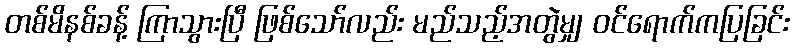
တစ်မိနစ်ခန့် ကြာသွားပြီ ဖြစ်သော်လည်း မည်သည့်အတွဲမျှ ဝင်ရောက်ကပြခြင်း